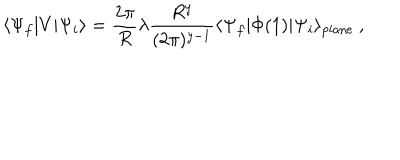
LaTeX: \langle \Psi _ { f } | V | \Psi _ { i } \rangle = \frac { 2 \pi } { R } \lambda \frac { R ^ { y } } { ( 2 \pi ) ^ { y - 1 } } \langle \Psi _ { f } | \Phi ( 1 ) | \Psi _ { i } \rangle _ { \mathrm { p l a n e } } \ ,